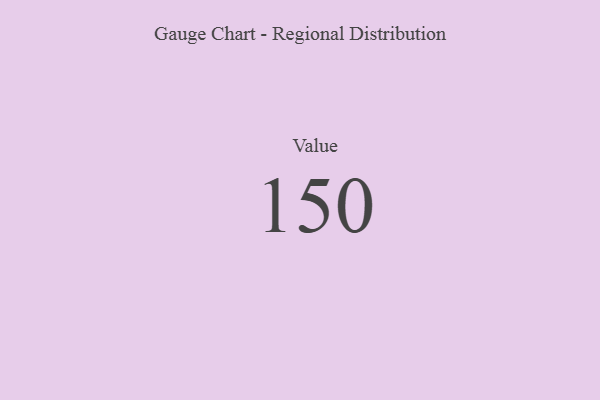
{"axis": {"x": "Metric", "y": "Value"}, "legend": [""], "data": [{"x": "Value", "y": 150, "type": ""}]}